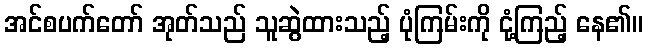
အင်စပက်တော် အုတ်သည် သူဆွဲထားသည့် ပုံကြမ်းကို ငုံ့ကြည့် နေ၏။